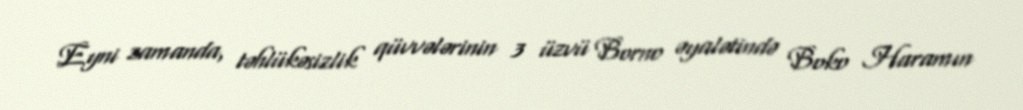
Eyni zamanda, təhlükəsizlik qüvvələrinin 3 üzvü Borno əyalətində Boko Haramın